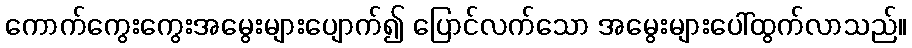
ကောက်ကွေးကွေးအမွေးများပျောက်၍ ပြောင်လက်သော အမွေးများပေါ်ထွက်လာသည်။